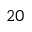
2 0